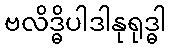
ဗလိဒ္ဓိပါဒါနုရုဒ္ဓါ